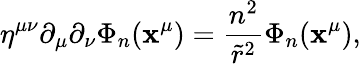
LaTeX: \eta^{\mu\nu}\partial_{\mu}\partial_{\nu}\Phi_{n}(\mathbf{x}^{\mu})=\frac{{n^{2}}}{{{\tilde{{r}}}^{2}}}\Phi_{n}(\mathbf{x}^{\mu}),